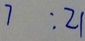
7 : 2 1